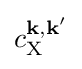
c_{\mathrm {X} }^{\mathbf {k} ,\mathbf {k'} }